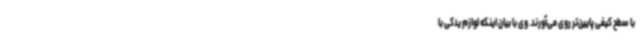
با سطح کیفی پایین‌تر روی می‌آورند. وی با بیان اینکه لوازم یدکی با